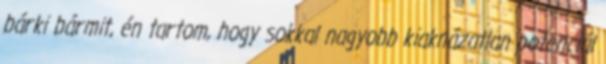
bárki bármit, én tartom, hogy sokkal nagyobb kiaknázatlan potenciál